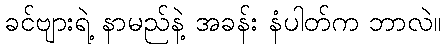
ခင်ဗျားရဲ့ နာမည်နဲ့ အခန်း နံပါတ်က ဘာလဲ။